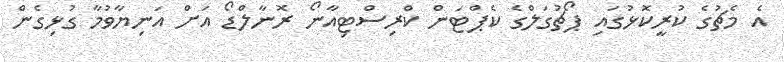
އެ މެޗުގެ ކުރީކޮޅުގައި ޕޯޗުގަލްގެ ކެޕްޓަން ކްރިސްޓިއާނޯ ރޮނާލްޑޯ އަށް އަނިޔާވުމާ ގުޅިގެން